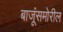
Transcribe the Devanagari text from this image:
बाजूंसमोरील